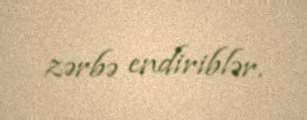
zərbə endiriblər.